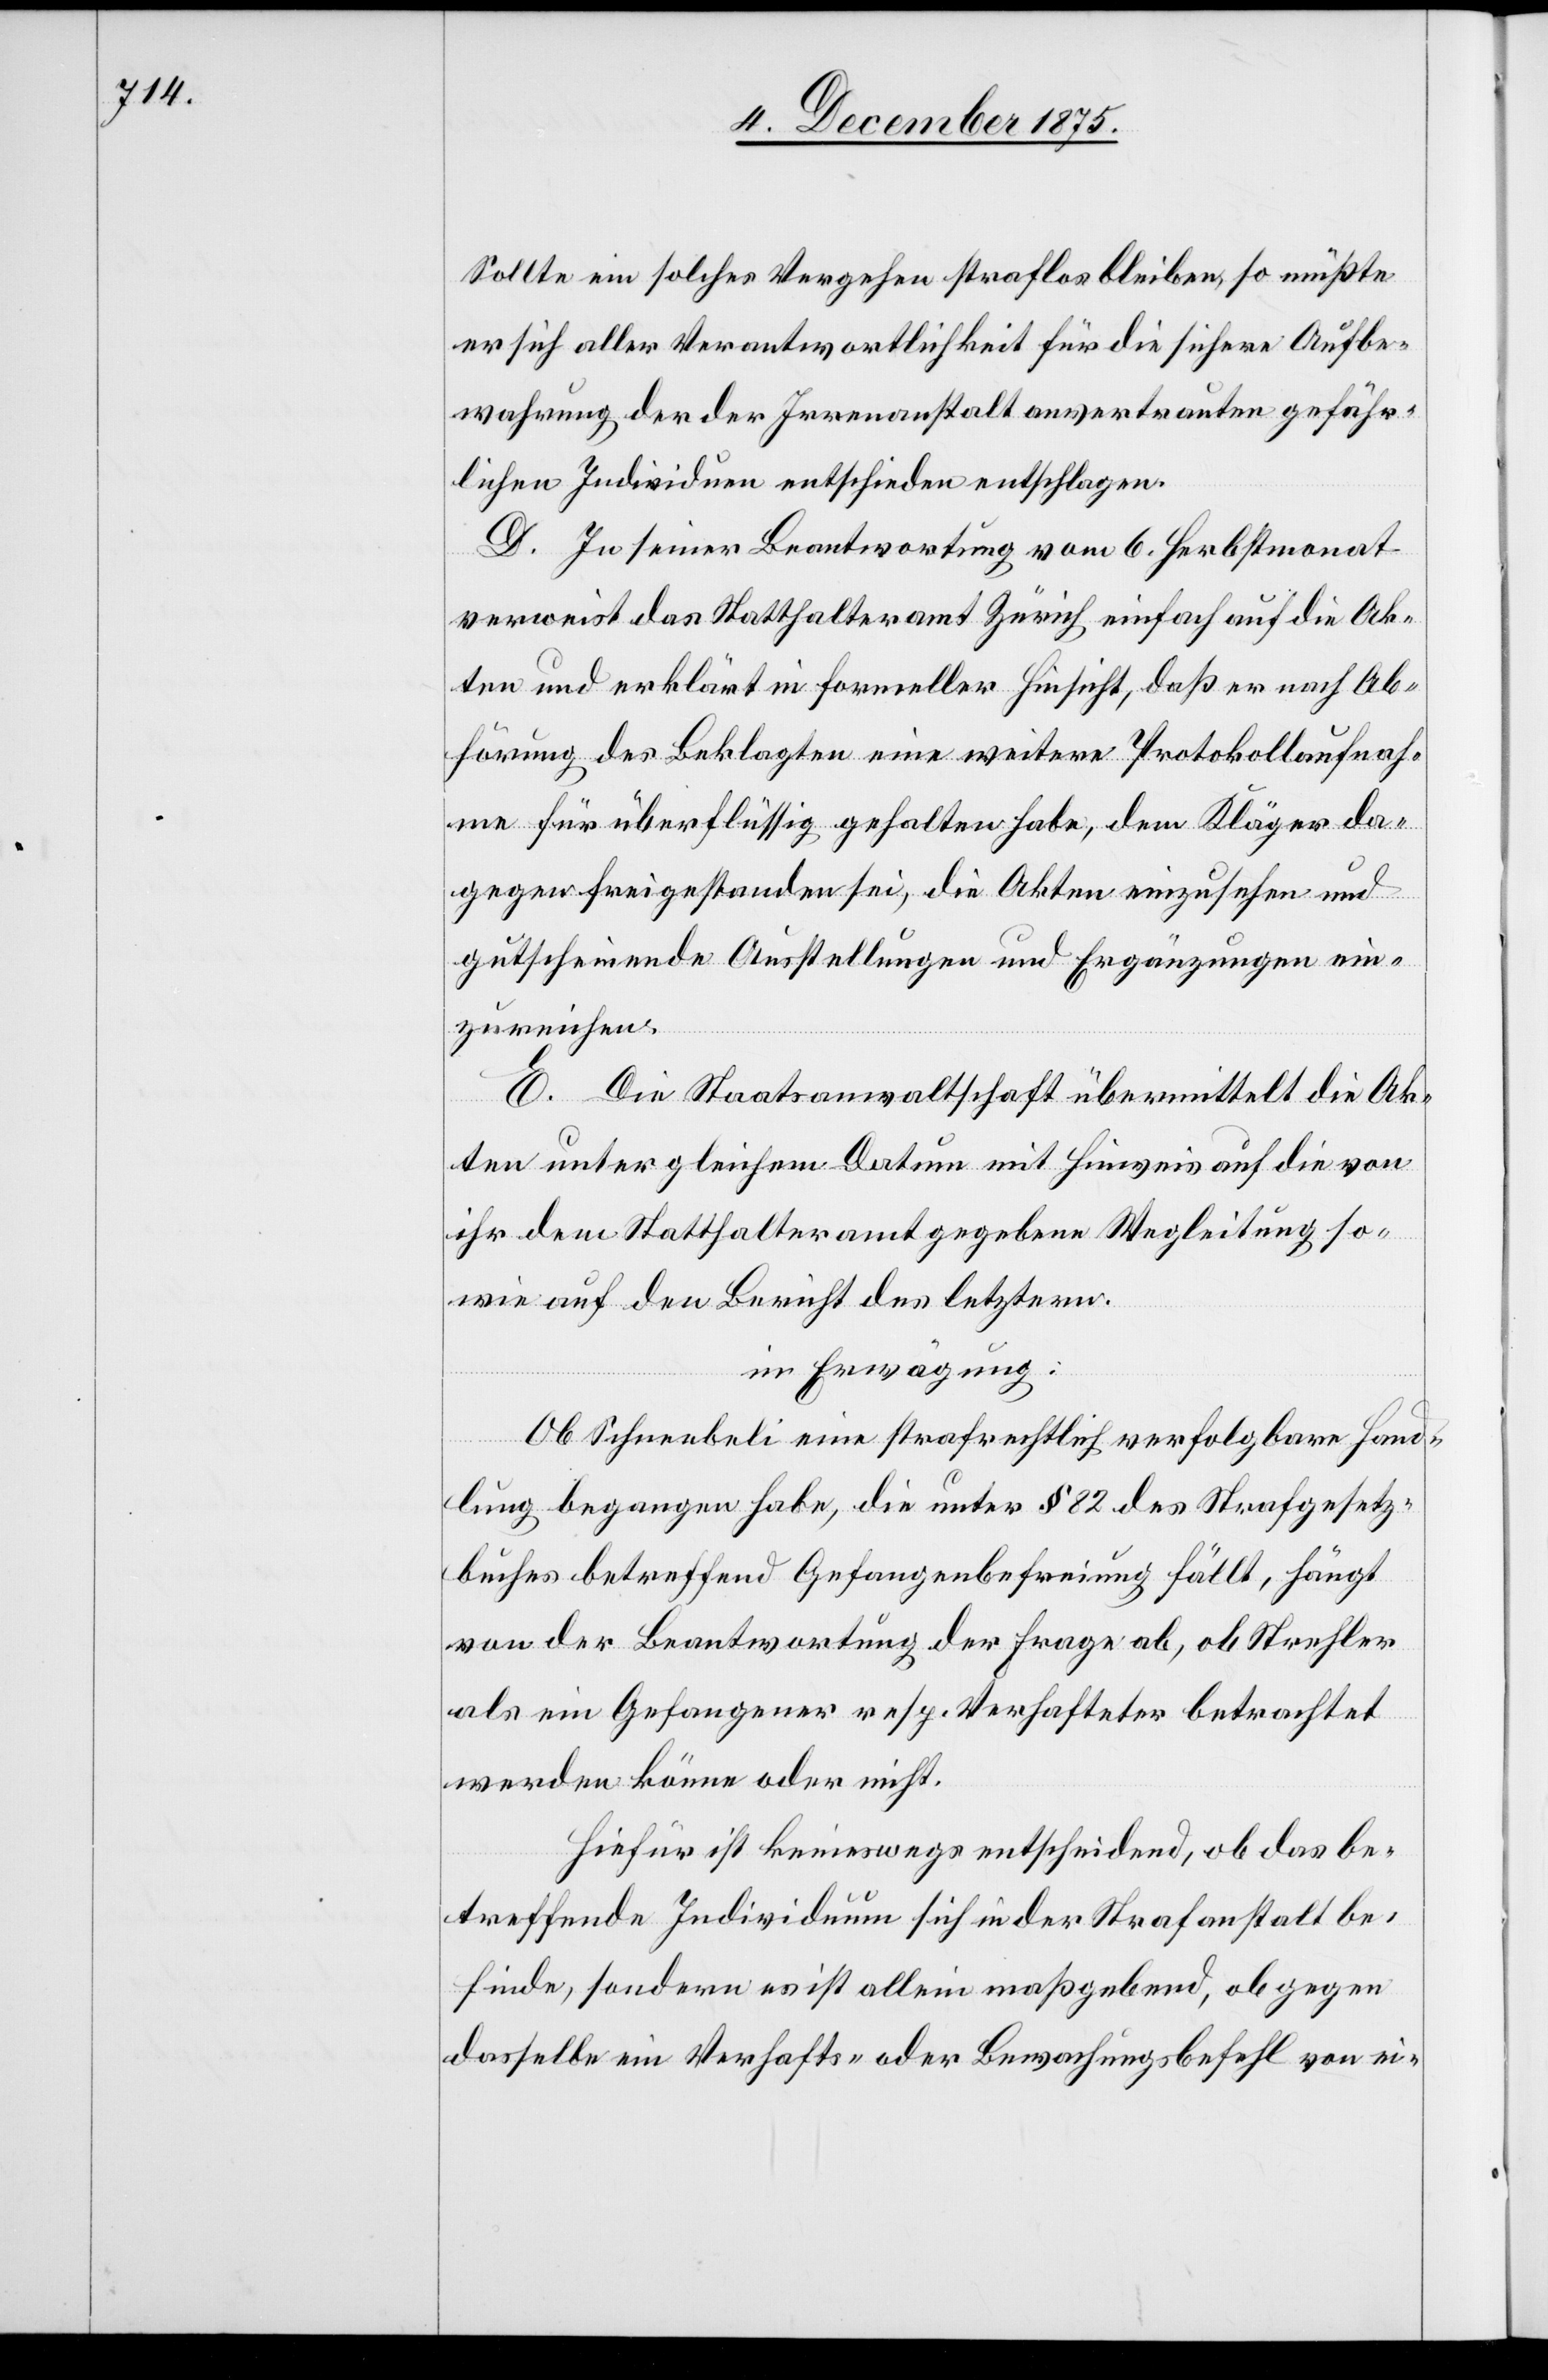
Sollte ein solches Vergehen straflos bleiben, so müßte
er sich aller Verantwortlichkeit für die sichere Aufbe¬
wahrung der der Irrenanstalt anvertrauten gefähr¬
lichen Individuen entschieden entschlagen.
D. In seiner Beantwortung vom 6. Herbstmonat
verweist das Statthalteramt Zürich einfach auf die Ak¬
ten und erklärt in formeller Hinsicht, daß er nach Ab¬
hörung des Beklagten eine weitere Protokollaufnah¬
me für überflüssig gehalten habe, dem Kläger da¬
gegen freigestanden sei, die Akten einzusehen und
gutscheinende Ausstellung und Ergänzungen ein¬
zureichen.
E. Die Staatsanwaltschaft übermittelt die Ak¬
ten unter gleichem Datum mit Hinweis auf die von
ihr dem Statthalteramt gegebene Wegleitung so¬
wie auf den Bericht des letztern.
in Erwägung:
Ob Schneebeli eine strafrechtlich verfolgbare Hand¬
lung begangen habe, die unter § 82 des Strafgesetz¬
buches betreffend Gefangenbefreiung fällt, hängt
von der Beantwortung der Frage ab, ob Stehler
als ein Gefangener resp. Verhafteter betrachtet
werden könne oder nicht.
Hiefür ist keineswegs entscheidend, ob das be¬
treffende Individuum sich in der Strafanstalt be¬
finde, sondern es ist allein maßgebend, ob gegen
dasselbe ein Verhafts- oder Bewachungsbefehl von ei-